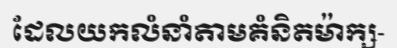
ដែលយកលំនាំតាមគំនិតម៉ាក្ស-